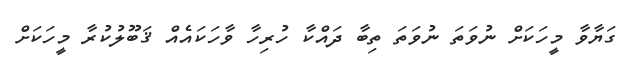
ގަޔާވާ މީހަކަށް ނުވަތަ ނުވަތަ ތިބާ ދައްކާ ހުރިހާ ވާހަކައެއް ޤަބޫލުކުރާ މީހަކަށް